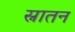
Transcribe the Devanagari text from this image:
स्नातन